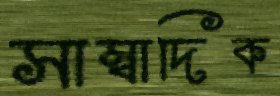
সাম্বাদিক